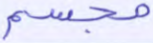
مجسم